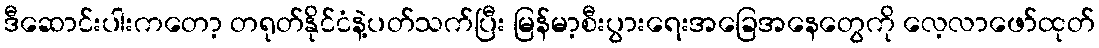
ဒီဆောင်းပါးကတော့ တရုတ်နိုင်ငံနဲ့ပတ်သက်ပြီး မြန်မာ့စီးပွားရေးအခြေအနေတွေကို လေ့လာဖော်ထုတ်